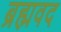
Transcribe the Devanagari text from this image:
ब्रह्मवद